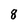
Character: 8